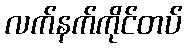
လက်နက်ကိုင်တပ်